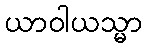
ယာဝါယသ္မာ